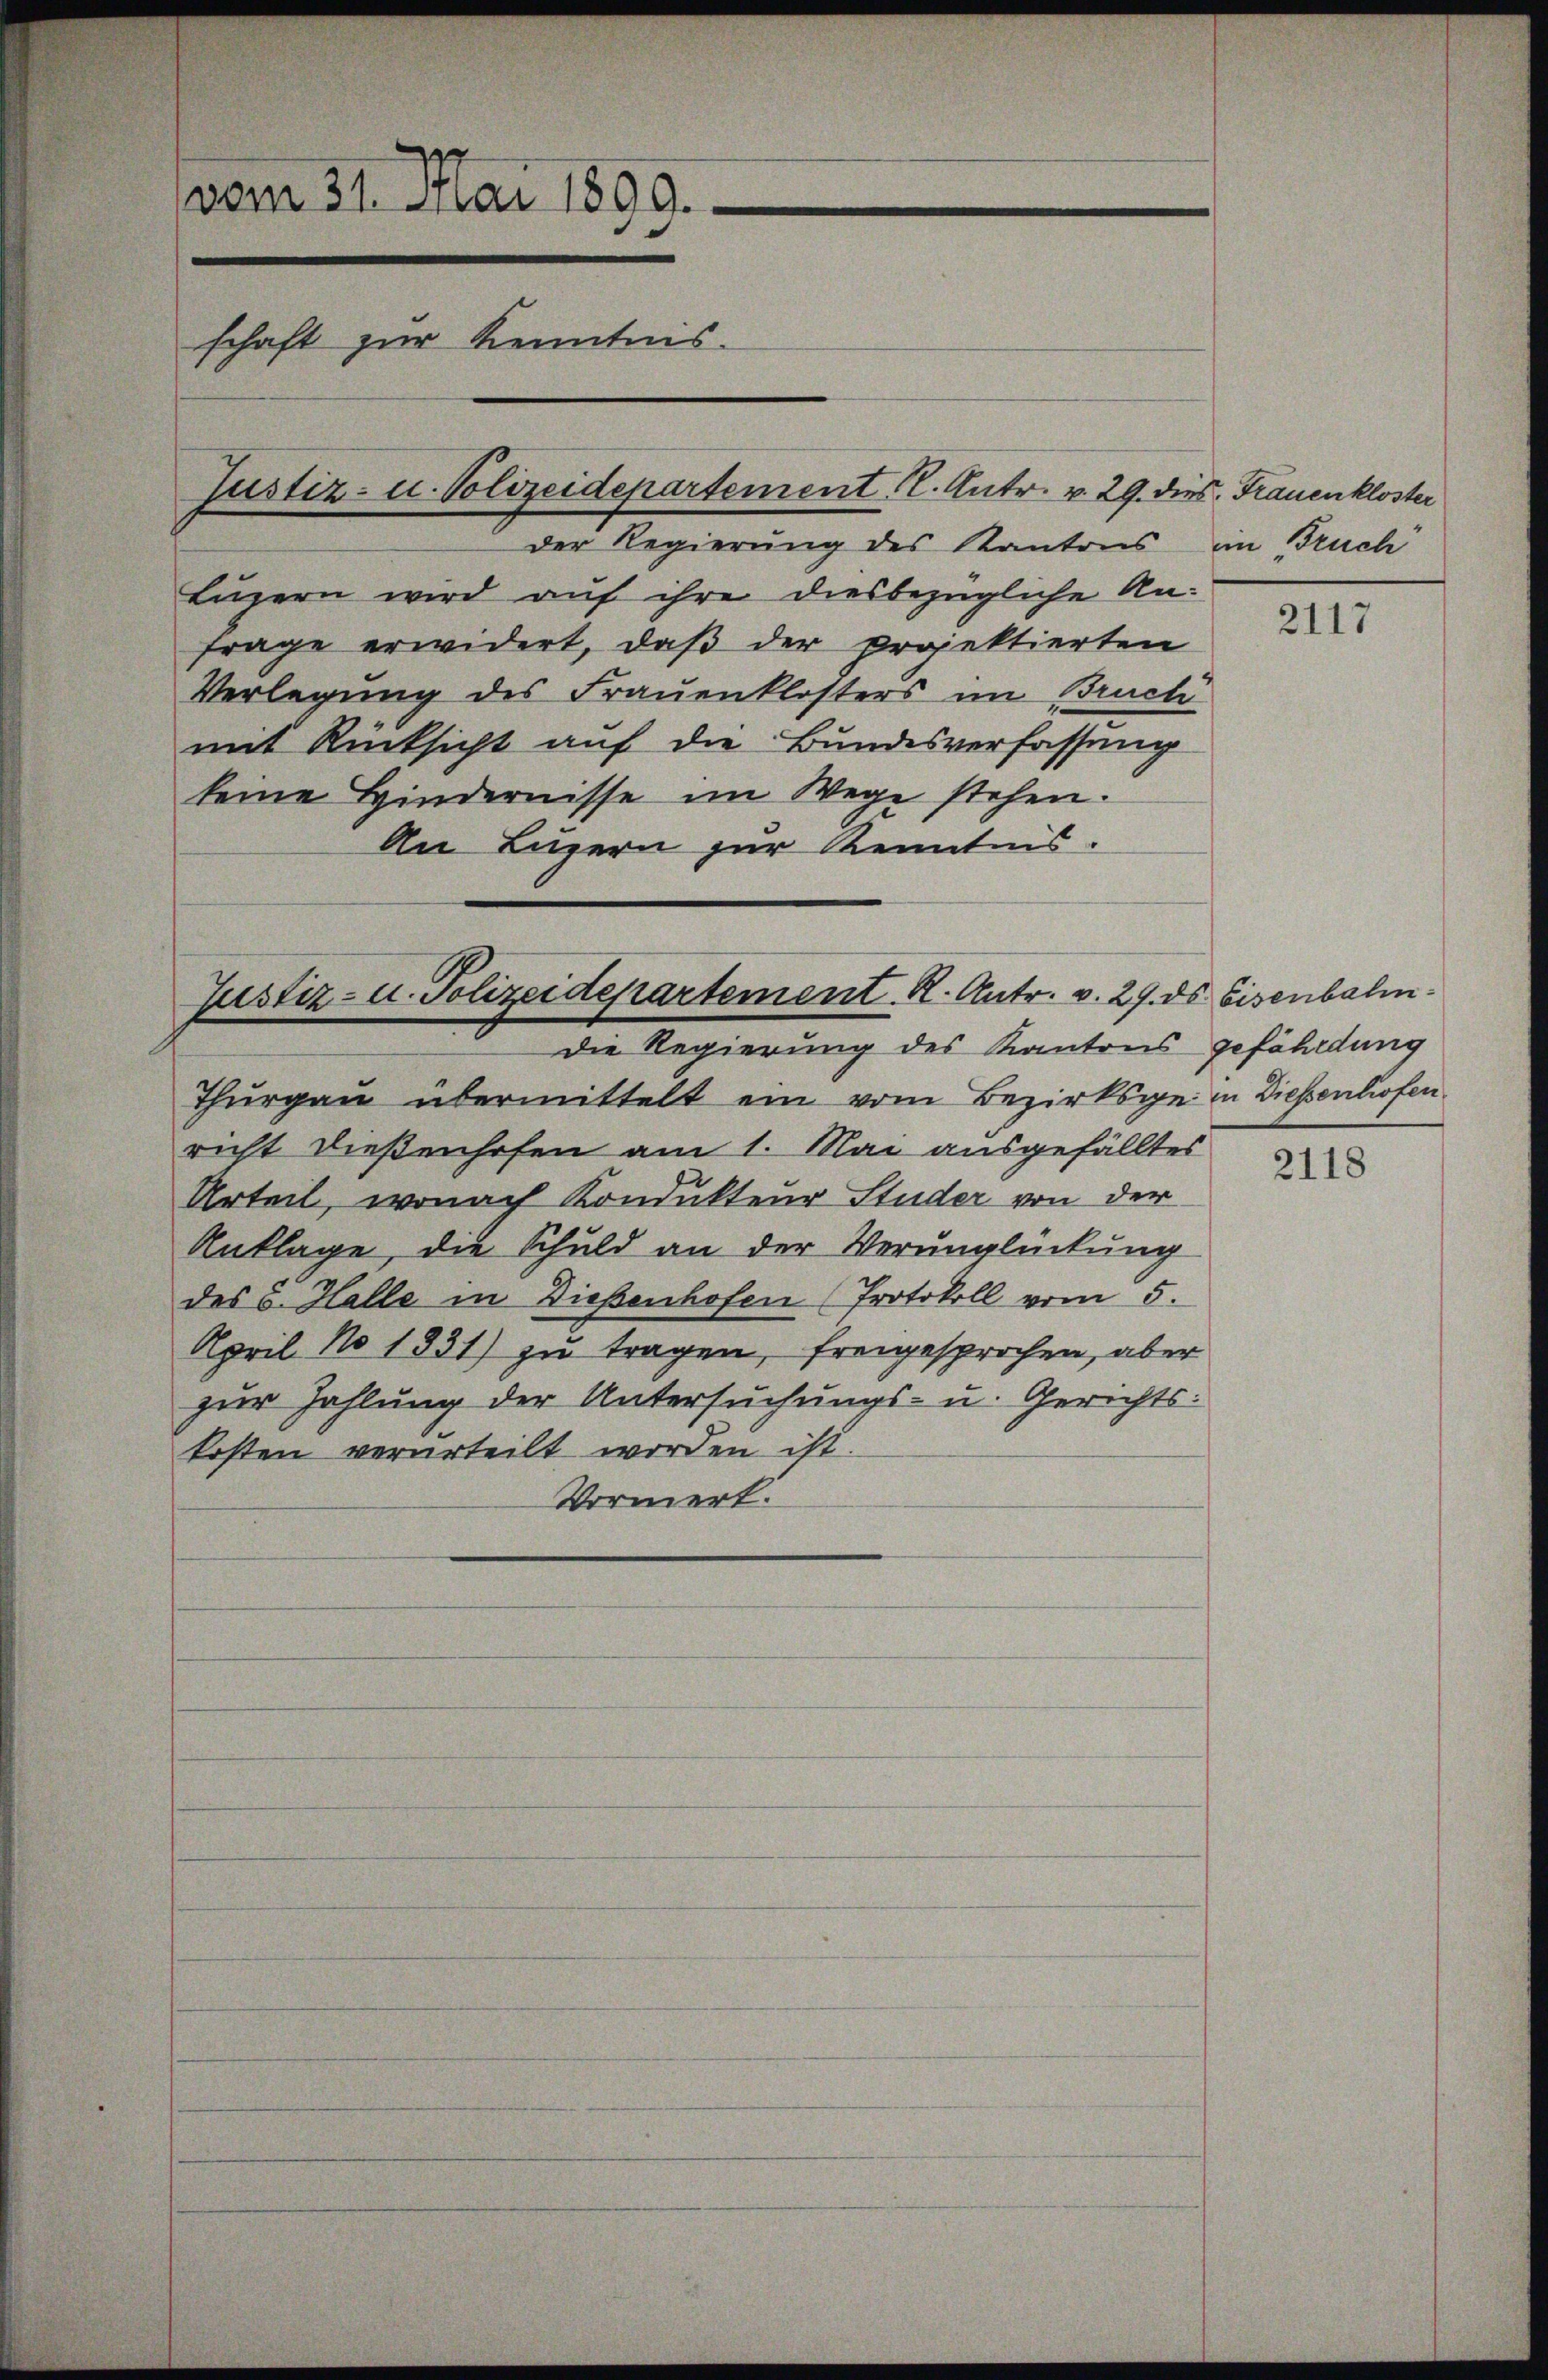
vom 31. Mai 1899.
schaft zur Kenntnis.

Justiz- u. Polizeidepartement (l. Antr. v. 29. dies Frauenkloster

Justiz- u. Polizeidepartement R. Antr. v. 29. ds Eisenbahn
Die Regierung des Kantons gefährdung

der Regierung des Kantons im Bruch
Luzern wird auf ihre diesbezügliche Anfrage erwidert, daβ der projektierten
Verlegung des Frauenklosters im Bructi
mit Rücksicht auf die Bundesverfassung
keine Hindernisse im Wege stehen.
An Luzern zur Kenntnis.

Thurgau übermittelt ein vom Bezirksge in Diesenhofen.
richt dießenhofen am 1. Mai ausgefälltes
Urteil, wonach Kondukteur Studer von der
Anklage, die Schuld an der Verunglückung
des 5. Halle in Dießenhofen (Protokoll vom 5.
April No 1331) zu tragen, freigesprochen, aber
zur Zahlung der Untersuchungs- u. Gerichts-
kosten verurteilt worden ist.
Vornert.

2117

2118